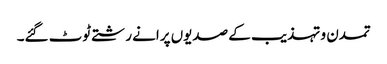
تمدن و تہذیب کے صدیوں پرانے رشتے ٹوٹ گئے۔